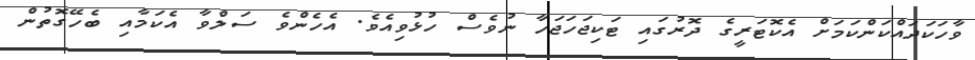
ވާހަކަދައްކަންކަމަށް އެކޮޓަރީގެ ދޮރުގައި ޓަކިޖަހަޖަހާ ނުވެސް ހުޅުވިއެވެ. އެހެންވެ ސަލްވާ އެކަމާއި ބެހޭގޮތުން